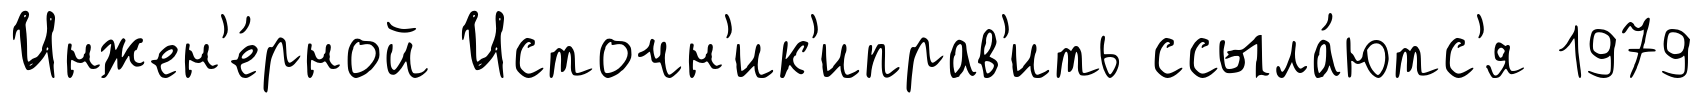
Инжен'е́рной Источн'ик'иправ'ить ссыла́ютс'я 1979